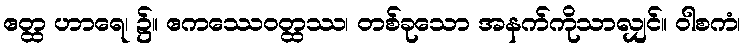
ဧတ္ထ ဟာရေ၊ ၌။ ဧကဿေဝတ္ထဿ၊ တစ်ခုသော အနက်ကိုသာလျှင်။ ဝါစကံ၊